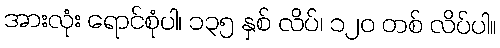
အားလုံး ရောင်စုံပါ၊ ၁၃၅ နှစ် လိပ်၊ ၁၂၀ တစ် လိပ်ပါ။